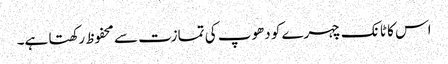
اس کا ٹانک چہرے کو دھوپ کی تمازت سے محفوظ رکھتا ہے۔